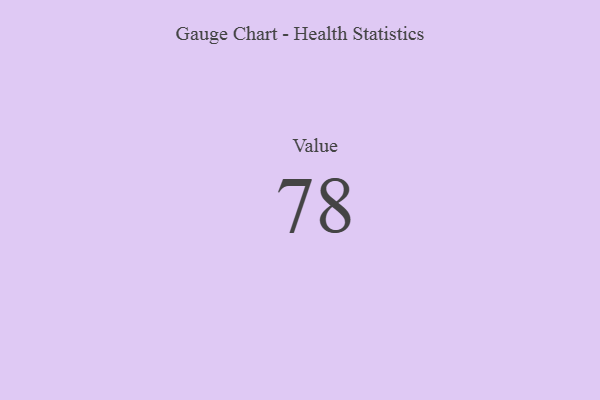
{"axis": {"x": "Metric", "y": "Value"}, "legend": [""], "data": [{"x": "Value", "y": 78, "type": ""}]}